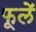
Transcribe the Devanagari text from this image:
फूलें